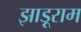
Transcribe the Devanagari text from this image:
झाड़ूराम